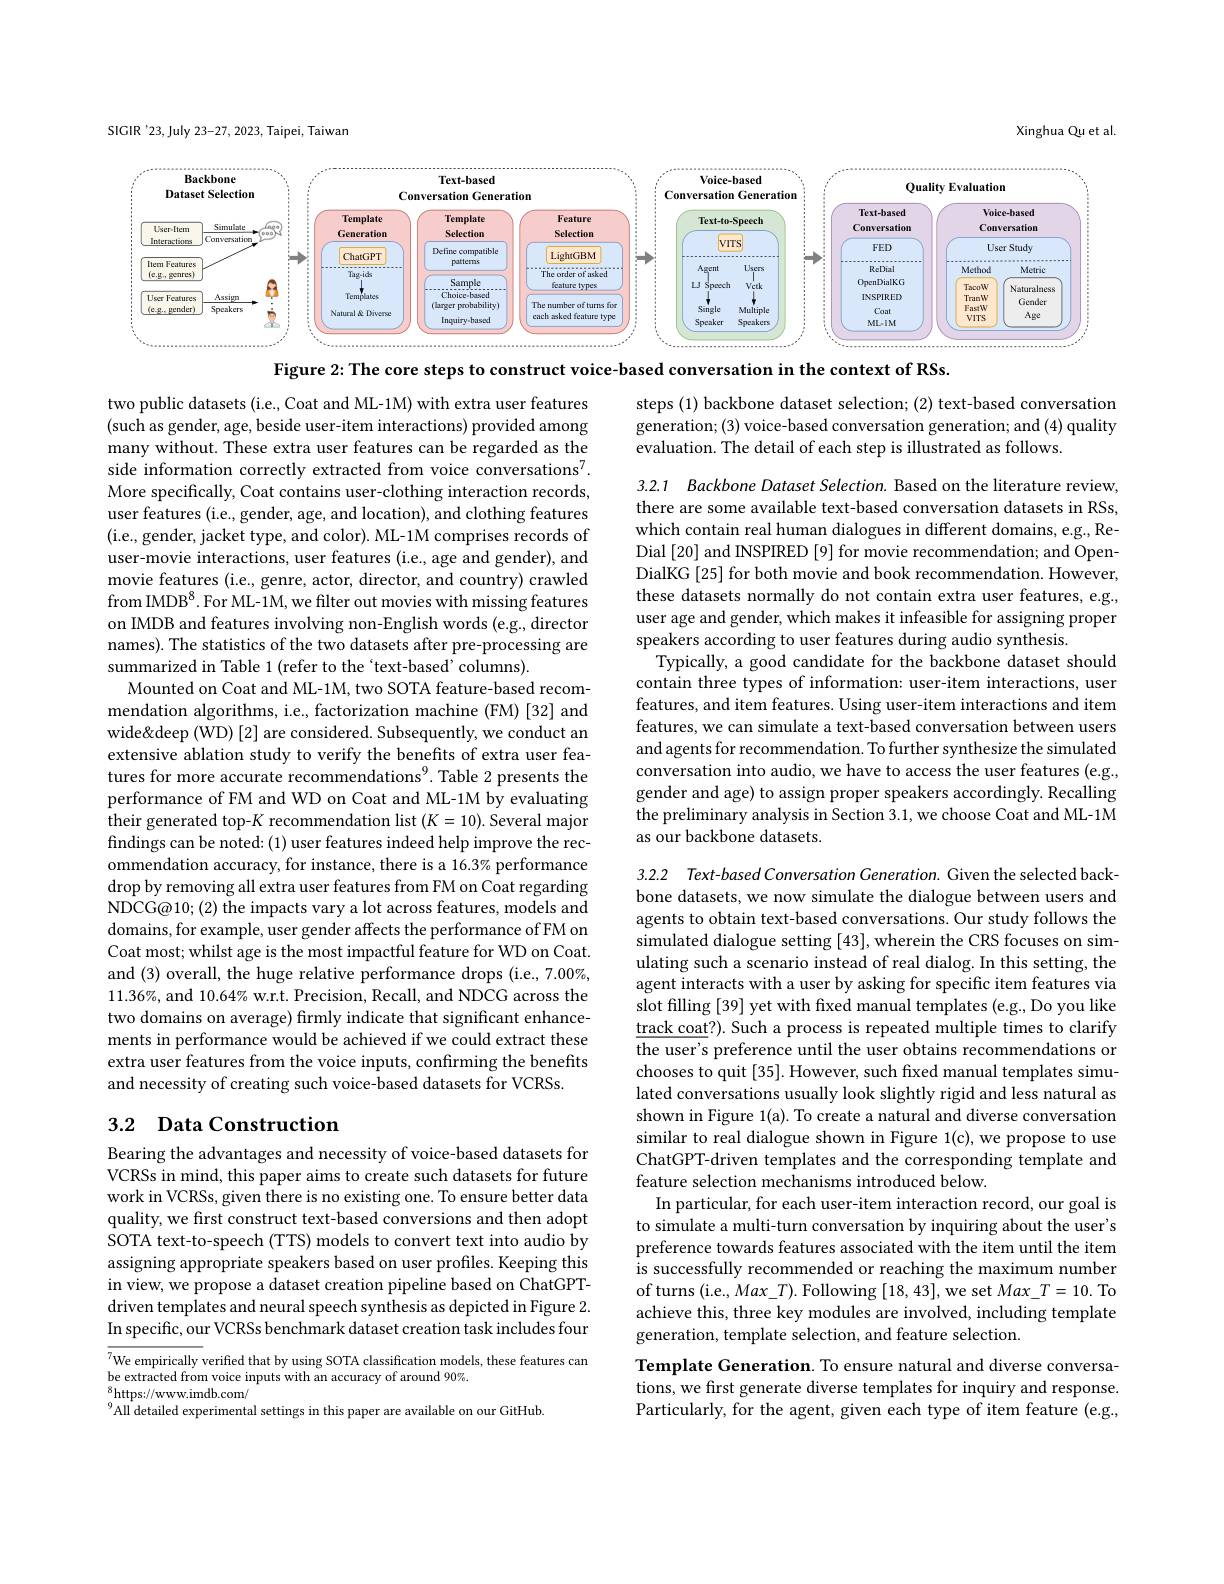
SIGIR '23, July 23-27, 2023, Taipei, Taiwan

Xinghua Qu et al.

<FigureHere>

Figure 2: The core steps to construct voice-based conversation in the context of RSs.

steps (1) backbone dataset selection; (2) text-based conversation generation; (3) voice-based conversation generation; and (4) quality evaluation. The detail of each step is illustrated as follows.

3.2.1 Backbone Dataset Selection. Based on the literature review, there are some available text-based conversation datasets in RSs, which contain real human dialogues in different domains, e.g., ReDial [20] and INSPIRED [9] for movie recommendation; and OpenDialKG [25] for both movie and book recommendation. However, these datasets normally do not contain extra user features, e.g., user age and gender, which makes it infeasible for assigning proper speakers according to user features during audio synthesis.
Typically, a good candidate for the backbone dataset should contain three types of information: user-item interactions, user features, and item features. Using user-item interactions and item features, we can simulate a text-based conversation between users and agents for recommendation. To further synthesize the simulated conversation into audio, we have to access the user features (e.g., gender and age) to assign proper speakers accordingly. Recalling the preliminary analysis in Section 3.1, we choose Coat and ML-1M as our backbone datasets.

two public datasets (i.e., Coat and ML-1M) with extra user features (such as gender, age, beside user-item interactions) provided among many without. These extra user features can be regarded as the side information correctly extracted from voice conversations$^7.$ More specifically, Coat contains user-clothing interaction records, user features (i.e., gender, age, and location), and clothing features (i.e., gender, jacket type, and color). ML-1M comprises records of user-movie interactions, user features (i.e., age and gender), and movie features (i.e., genre, actor, director, and country) crawled from IMDB$^8.$For ML-1M, we filter out movies with missing features on IMDB and features involving non-English words (e.g., director names). The statistics of the two datasets after pre-processing are summarized in Table 1 (refer to the `text-based' columns).
Mounted on Coat and ML-1M, two SOTA feature-based recommendation algorithms, i.e., factorization machine (FM) [32] and wide&deep (WD) [2] are considered. Subsequently, we conduct an extensive ablation study to verify the benefits of extra user features for more accurate recommendations$^{9}$.Table 2 presents the performance of FM and WD on Coat and ML-1M by evaluating their generated top-$K$ recommendation list $(K=10).$ Several major findings can be noted: (1) user features indeed help improve the recommendation accuracy, for instance, there is a 16.3% performance drop by removing all extra user features from FM on Coat regarding NDCG@10; (2) the impacts vary a lot across features, models and domains, for example, user gender affects the performance of FM on Coat most; whilst age is the most impactful feature for WD on Coat. and (3) overall, the huge relative performance drops (i.e., 7.00%, $11.36\%$, and $10.64\%$ w.r.t. Precision, Recall, and NDCG across the two domains on average) firmly indicate that significant enhancements in performance would be achieved if we could extract these extra user features from the voice inputs, confirming the benefits and necessity of creating such voice-based datasets for VCRSs.

3.2.2 Text-based Conversation Generation. Given the selected backbone datasets, we now simulate the dialogue between users and agents to obtain text-based conversations. Our study follows the simulated dialogue setting [43],wherein the CRS focuses on simulating such a scenario instead of real dialog. In this setting, the agent interacts with a user by asking for specific item features via slot filling [39] yet with fixed manual templates (e.g., Do you like $\underline{\text{track coat?}}).$ Such a process is repeated multiple times to clarify the user's preference until the user obtains recommendations or chooses to quit [35]. However, such fixed manual templates simulated conversations usually look slightly rigid and less natural as shown in Figure 1(a). To create a natural and diverse conversation similar to real dialogue shown in Figure 1(c), we propose to use ChatGPT-driven templates and the corresponding template and feature selection mechanisms introduced below
In particular, for each user-item interaction record, our goal is to simulate a multi-turn conversation by inquiring about the user's preference towards features associated with the item until the item is successfully recommended or reaching the maximum number of turns (i.e., Max\_T). Following [18,43],we set $Max\_T=10.$ To achieve this, three key modules are involved, including template generation, template selection, and feature selection.
Template Generation. To ensure natural and diverse conversa-

## 3.2 Data Construction

Bearing the advantages and necessity of voice-based datasets for VCRSs in mind, this paper aims to create such datasets for future work in VCRSs, given there is no existing one. To ensure better data quality, we first construct text-based conversions and then adopt SOTA text-to-speech (TTS) models to convert text into audio by assigning appropriate speakers based on user profiles. Keeping this in view, we propose a dataset creation pipeline based on ChatGPTdriven templates and neural speech synthesis as depicted in Figure 2. In specific, our VCRSs benchmark dataset creation task includes four

$^{7}$We empirically verified that by using SOTA classification models, these features can
be extracted from voice inputs with an accuracy of around 90%.
$_{0}^{8}$https://www.imdb.com/
$^{9}$All detailed experimental settings in this paper are available on our GitHub.

tions, we first generate diverse templates for inquiry and response. Particularly, for the agent, given each type of item feature (e.g.,